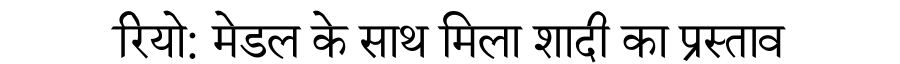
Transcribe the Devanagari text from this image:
रियो: मेडल के साथ मिला शादी का प्रस्ताव